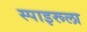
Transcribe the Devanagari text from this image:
स्पाइरूला